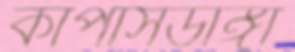
কার্পাসডাঙ্গা